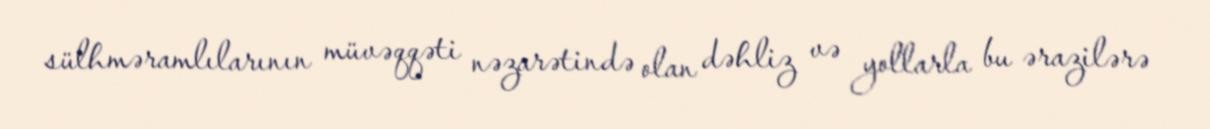
sülhməramlılarının müvəqqəti nəzarətində olan dəhliz və yollarla bu ərazilərə